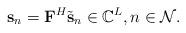
LaTeX: \begin{align*}\mathbf s_n =\mathbf F^H\tilde{\mathbf s}_n \in \mathbb{C}^{L},n \in \mathcal{N}.\end{align*}